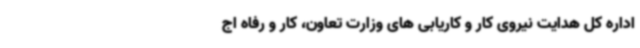
اداره کل هدایت نیروی کار و کاریابی های وزارت تعاون، کار و رفاه اج